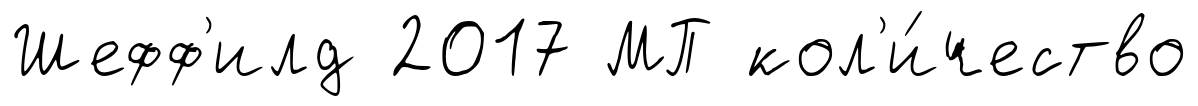
Шефф'илд 2017 МП кол'и́чество